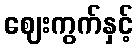
ဈေးကွက်နှင့်